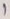
Text: 1